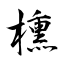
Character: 櫄